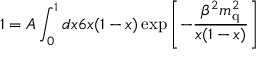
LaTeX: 1 = A \int _ { 0 } ^ { 1 } d x 6 x ( 1 - x ) \exp { \left[ - \frac { \beta ^ { 2 } m _ { \mathrm { q } } ^ { 2 } } { x ( 1 - x ) } \right] }